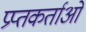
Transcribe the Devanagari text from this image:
प्रप्तकर्ताओं